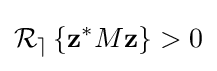
{\mathcal {R_{e}}}\left\{\mathbf {z} ^{*}M\mathbf {z} \right\}>0